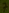
Text: 7